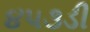
૪૫૩ડી